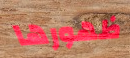
ظهورها